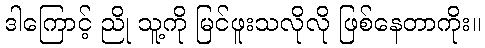
ဒါကြောင့် ညို သူ့ကို မြင်ဖူးသလိုလို ဖြစ်နေတာကိုး။